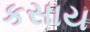
કસાય